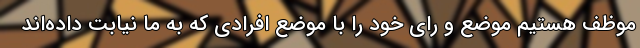
موظف هستیم موضع و رای خود را با موضع افرادی که به ما نیابت داده‌اند